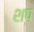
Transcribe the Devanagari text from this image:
शप